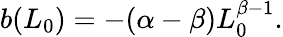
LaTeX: \begin{array}{r}{b(L_{0})=-(\alpha-\beta)L_{0}^{\beta-1}.}\end{array}